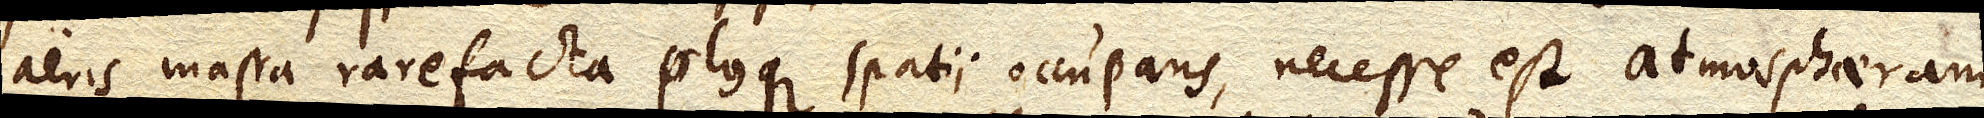
aeris massa rarefacta plusque spatii occupans, necesse est atmosphaeram